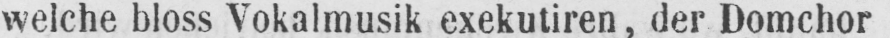
welche bloss Vokalmusik exekutiren, der Domchor